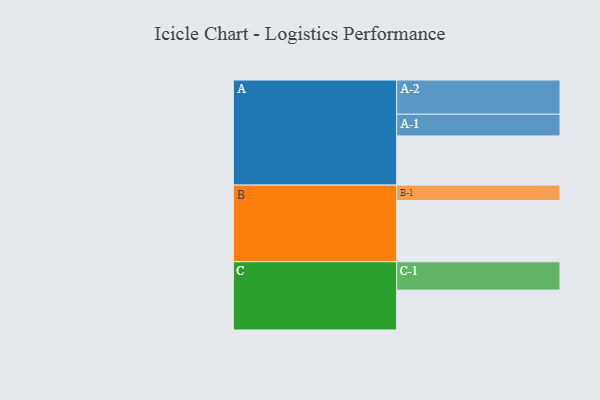
{"axis": {"x": "Segment", "y": "Value"}, "legend": ["", "A", "B", "C"], "data": [{"x": "A", "y": 392, "type": ""}, {"x": "B", "y": 488, "type": ""}, {"x": "C", "y": 318, "type": ""}, {"x": "A-1", "y": 173, "type": "A"}, {"x": "A-2", "y": 273, "type": "A"}, {"x": "B-1", "y": 123, "type": "B"}, {"x": "C-1", "y": 226, "type": "C"}]}